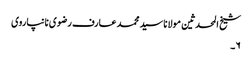
شیخ المحدثین مولانا سید محمد عارف رضوی نانپاروی
۶۔